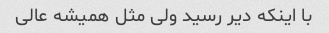
با اینکه دیر رسید ولی مثل همیشه عالی